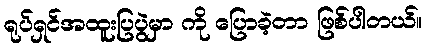
ရုပ်ရှင်အထူးပြပွဲမှာ ကို ပြောခဲ့တာ ဖြစ်ပါတယ်။